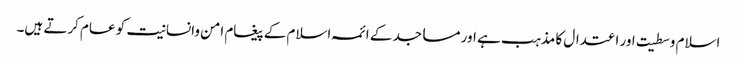
اسلام وسطیت اور اعتدال کا مذہب ہے اور مساجد کے ائمہ اسلام کے پیغام امن وانسانیت کو عام کرتے ہیں۔